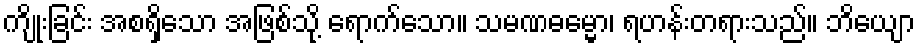
ကျိုးခြင်း အစရှိသော အဖြစ်သို့ ရောက်သော။ သမဏဓမ္မော၊ ရဟန်းတရားသည်။ ဘိယျော